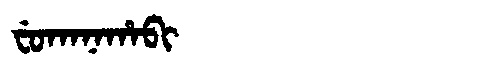
Manchu: ᠸᡠᡴᠠᠨᠠᡥᠠᠪᡳ
Romanization: FUKANAHABI